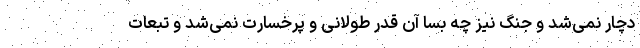
دچار نمی‌شد و جنگ نیز چه بسا آن قدر طولانی و پرخسارت نمی‌شد و تبعات